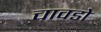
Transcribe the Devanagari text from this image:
चावडो